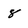
Character: 8